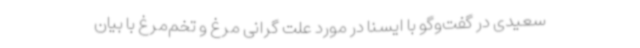
سعیدی در گفت‌وگو با ایسنا در مورد علت گرانی مرغ و تخم‌مرغ با بیان